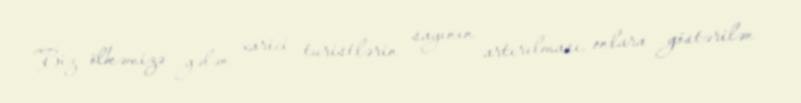
Biz ölkəmizə gələn xarici turistlərin sayının artırılması, onlara göstərilən